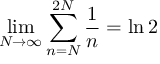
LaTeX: \operatorname* { l i m } _ { N \rightarrow \infty } \sum _ { n = N } ^ { 2 N } { \frac { 1 } { n } } = \ln 2